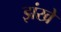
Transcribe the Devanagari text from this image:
झंखे